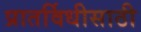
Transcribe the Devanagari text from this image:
प्रातर्विधीसाठी